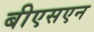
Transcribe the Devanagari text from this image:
बीएसएन